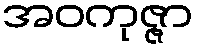
အဝကုဇ္ဇာ